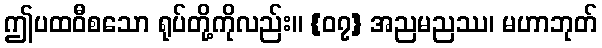
ဤပထဝီစသော ရုပ်တို့ကိုလည်း။ {၀၇} အညမညဿ၊ မဟာဘုတ်